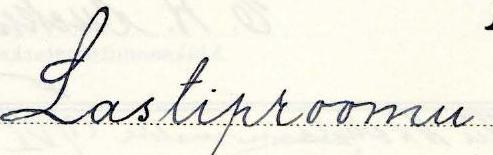
Lastiproomu